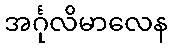
အင်္ဂုလိမာလေန